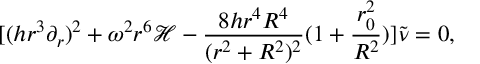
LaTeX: [ ( h r ^ { 3 } \partial _ { r } ) ^ { 2 } + \omega ^ { 2 } r ^ { 6 } { \mathcal H } - \frac { 8 h r ^ { 4 } R ^ { 4 } } { ( r ^ { 2 } + R ^ { 2 } ) ^ { 2 } } ( 1 + \frac { r _ { 0 } ^ { 2 } } { R ^ { 2 } } ) ] \tilde { \nu } = 0 ,